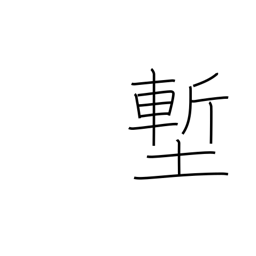
Meaning: ditch